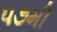
૫૭મી